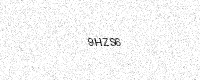
Text: 9HZS6